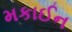
મકાઈન